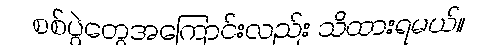
စစ်ပွဲတွေအကြောင်းလည်း သိထားရမယ်။